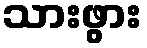
သားဖွား